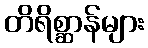
တိရိစ္ဆာန်များ